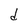
Character: d